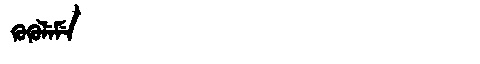
Manchu: ᡴᡠᡴᡠᠯᡝᠮᡝ
Romanization: KUKULEME